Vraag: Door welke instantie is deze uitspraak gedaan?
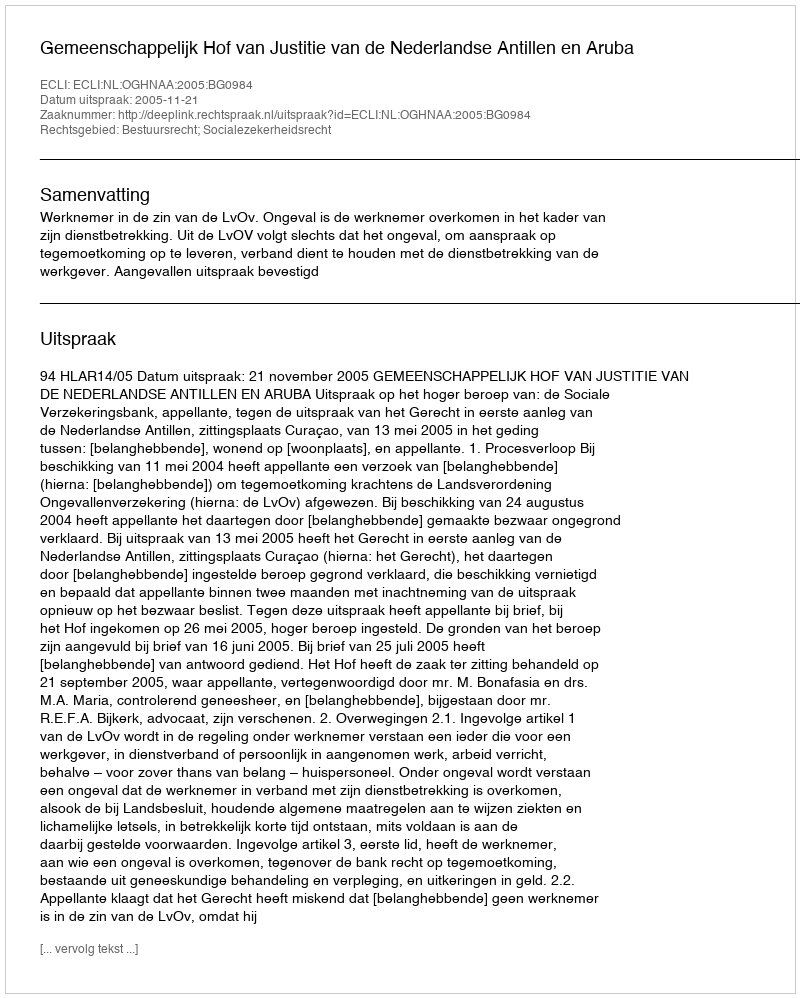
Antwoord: Gemeenschappelijk Hof van Justitie van de Nederlandse Antillen en Aruba